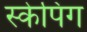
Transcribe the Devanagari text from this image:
स्केपिंग